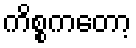
ကိစ္စကတော့